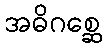
အဓိဂစ္ဆေ